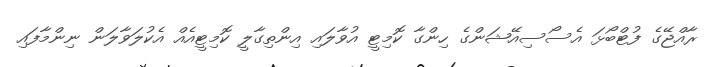
ރާއްޖޭގެ ފުޓްބޯޅަ އެސޯސިއޭޝަންގެ ހިންގާ ކޮމިޓީ އުވާލައި އިންތިގާލީ ކޮމިޓީއެއް އެކުލަވާލަން ނިންމާފައި